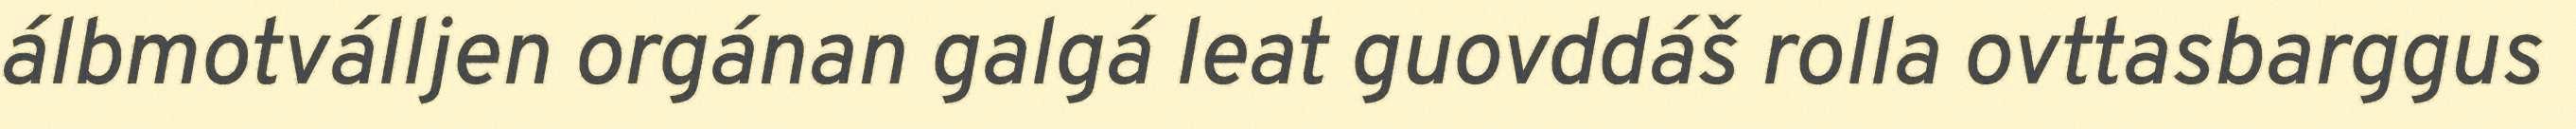
álbmotválljen orgánan galgá leat guovddáš rolla ovttasbarggus